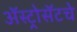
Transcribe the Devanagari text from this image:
ॲस्ट्रोसॅटचे